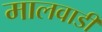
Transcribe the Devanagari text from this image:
मालवाडी